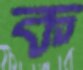
ক